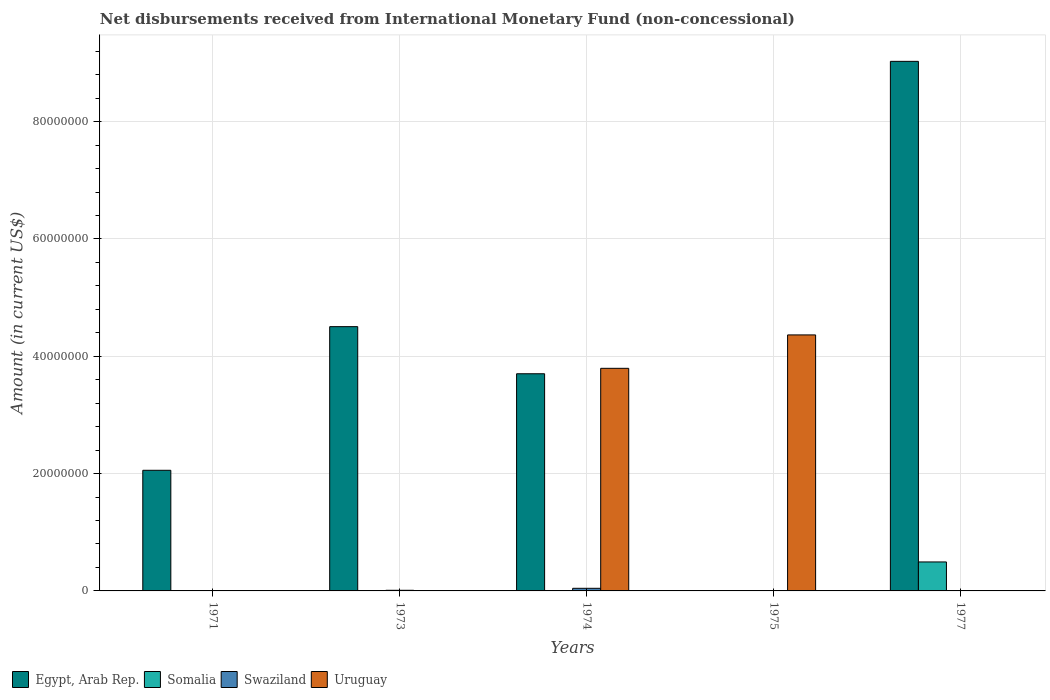
| Years | Egypt, Arab Rep. | Somalia | Swaziland | Uruguay |
 | --- | --- | --- | --- | --- |
 | 1971 | 2.06e+07 | -5e+04 | -9e+04 | -1.1e+06 |
 | 1973 | 4.5e+07 | -6e+04 | 1.08e+05 | -5.31e+06 |
 | 1974 | 3.7e+07 | -6e+04 | 4.45e+05 | 3.79e+07 |
 | 1975 | -3e+07 | -1.04e+06 | -8.14e+05 | 4.36e+07 |
 | 1977 | 9.03e+07 | 4.94e+06 | -1.11e+06 | -2.53e+07 |